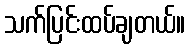
သက်ပြင်းထပ်ချတယ်။